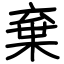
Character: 棄